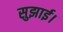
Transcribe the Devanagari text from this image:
सुझाई।